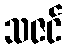
သဇင်